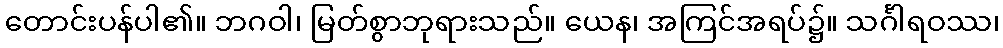
တောင်းပန်ပါ၏။ ဘဂဝါ၊ မြတ်စွာဘုရားသည်။ ယေန၊ အကြင်အရပ်၌။ သင်္ဂါရဝဿ၊